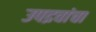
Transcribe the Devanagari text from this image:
उपद्रवांचा